Leaving Certificate Examination, 1910
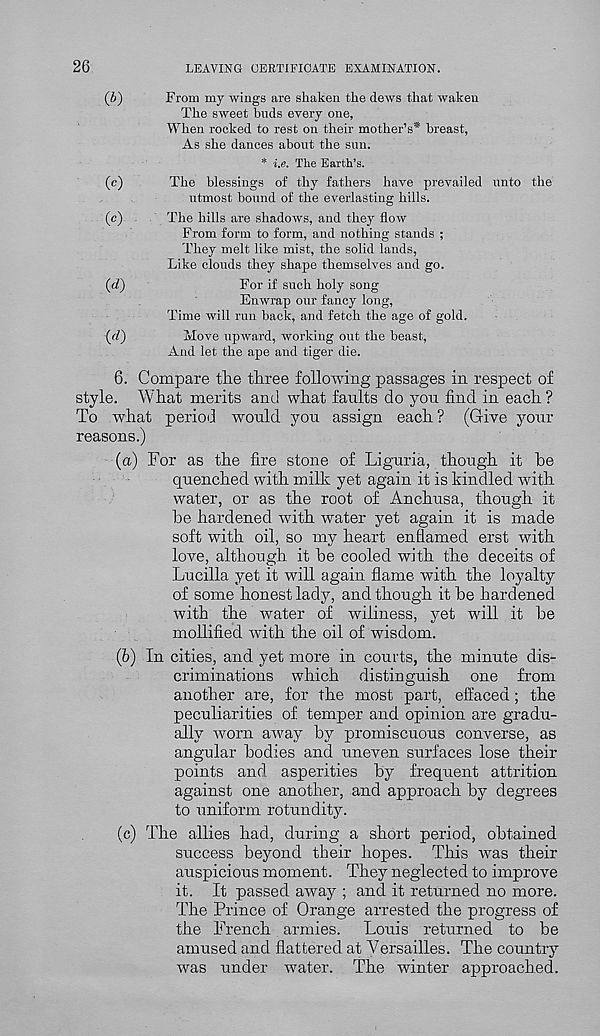
26
LEAVING CERTIFICATE EXAMINATION.
(5)
From my wings are shaken the dews that waken
The sweet buds every one,
When rocked to rest on their mother’s* breast,
As she dances about the sun.
* i.e. The Earth’s.
(c)
The blessings of thy fathers have prevailed unto the
utmost bound of the everlasting hills.
(c)
The hills are shadows, and they flow
From form to form, and nothing stands ;
They melt like mist, the solid lands,
Like clouds they shape themselves and go.
(rf)
For if such holy song
Enwrap our fancy long,
Time will run back, and fetch the age of gold.
(rf)
Move upward, working out the beast,
And let the ape and tiger die.
6. Compare the three following passages in respect of
style. What merits and what faults do you find in each ?
To what period would you assign each? (Give your
reasons.)
(<x) For as the fire stone of Liguria, though it he
quenched with milk yet again it is kindled with
water, or as the root of Anchusa, though it
he hardened with water yet again it is made
soft with oil, so my heart enflamed erst with
love, although it he cooled with the deceits of
Lucilla yet it will again flame with the loyalty
of some honest lady, and though it he hardened
with the water of wiliness, yet will it he
mollified with the oil of wisdom.
(b) In cities, and yet more in courts, the minute dis-
criminations which distinguish one from
another are, for the most part, effaced; the
peculiarities of temper and opinion are gradu-
ally worn away by promiscuous converse, as
angular bodies and uneven surfaces lose their
points and asperities by frequent attrition
against one another, and approach by degrees
to uniform rotundity.
(c) The allies had, during a short period, obtained
success beyond their hopes. This was their
auspicious moment. They neglected to improve
it. It passed away ; and it returned no more.
The Prince of Orange arrested the progress of
the French. armies. Louis returned to be
amused and flattered at Versailles. The country
was under water. The winter approached.